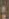
: